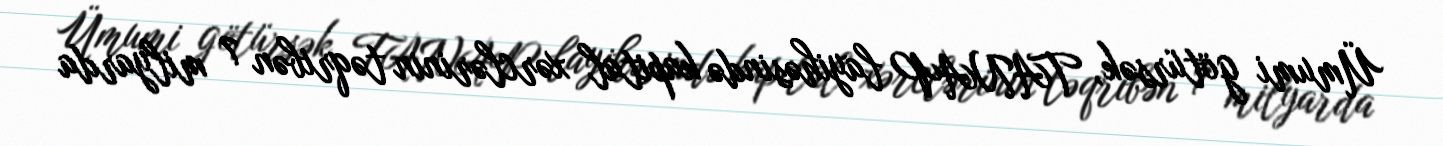
Ümumi götürsək, TANAP layihəsində kapital xərclərinin təqribən 7 milyarda